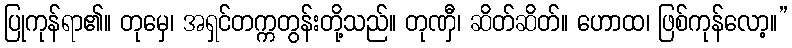
ပြုကုန်ရာ၏။ တုမှေ၊ အရှင်တက္ကတွန်းတို့သည်။ တုဏှီ၊ ဆိတ်ဆိတ်။ ဟောထ၊ ဖြစ်ကုန်လော့။”